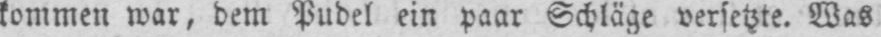
kommen war, dem Pudel ein paar Schläge versetzte. Was